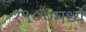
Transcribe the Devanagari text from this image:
१९००मध्ये